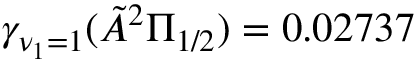
\gamma _ { \nu _ { 1 } = 1 } ( \tilde { A } ^ { 2 } \Pi _ { 1 / 2 } ) = 0 . 0 2 7 3 7